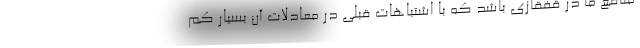
منافع ما در قفقازی باشد که با اشتباهات قبلی در معادلات آن بسیار کم